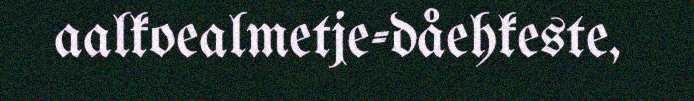
aalkoealmetje-dåehkeste,